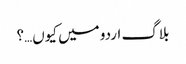
بلاگ اردو میں کیوں…؟